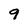
Character: 9